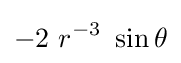
-2~r^{-3}~\sin \theta